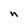
Character: n